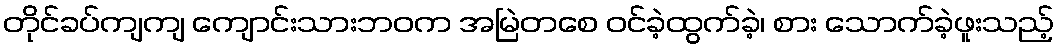
တိုင်ခပ်ကျကျ ကျောင်းသားဘဝက အမြဲတစေ ဝင်ခဲ့ထွက်ခဲ့၊ စား သောက်ခဲ့ဖူးသည့်